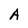
Character: A